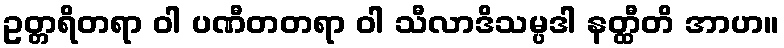
ဥတ္တရိတရာ ဝါ ပဏီတတရာ ဝါ သီလာဒိသမ္ပဒါ နတ္ထီတိ အာဟ။